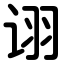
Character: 诩